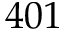
4 0 1